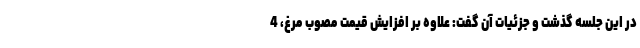
در این جلسه گذشت و جزئیات آن گفت: علاوه بر افزایش قیمت مصوب مرغ، 4